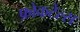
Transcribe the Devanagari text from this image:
फ़ोकटेल्स